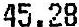
45.28